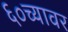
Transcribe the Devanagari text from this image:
६०च्यावर